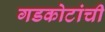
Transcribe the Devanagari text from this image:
गडकोटांची